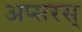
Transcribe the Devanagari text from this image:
अप्सरस्